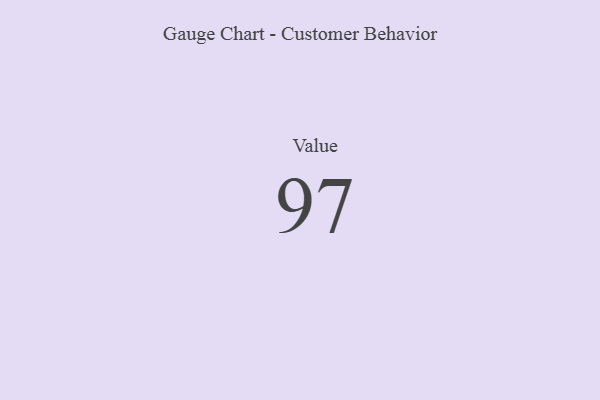
{"axis": {"x": "Metric", "y": "Value"}, "legend": [""], "data": [{"x": "Value", "y": 97, "type": ""}]}